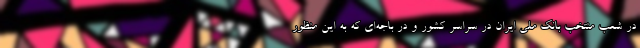
در شعب منتخب بانک ملی ایران در سراسر کشور و در باجه‌ای که به این منظور